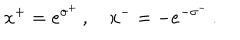
x ^ { + } = e ^ { \sigma ^ { + } } \, , \quad x ^ { - } = - e ^ { - \sigma ^ { - } } \, .